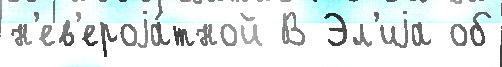
н'ев'ероjа́тной В Эл'иjа об